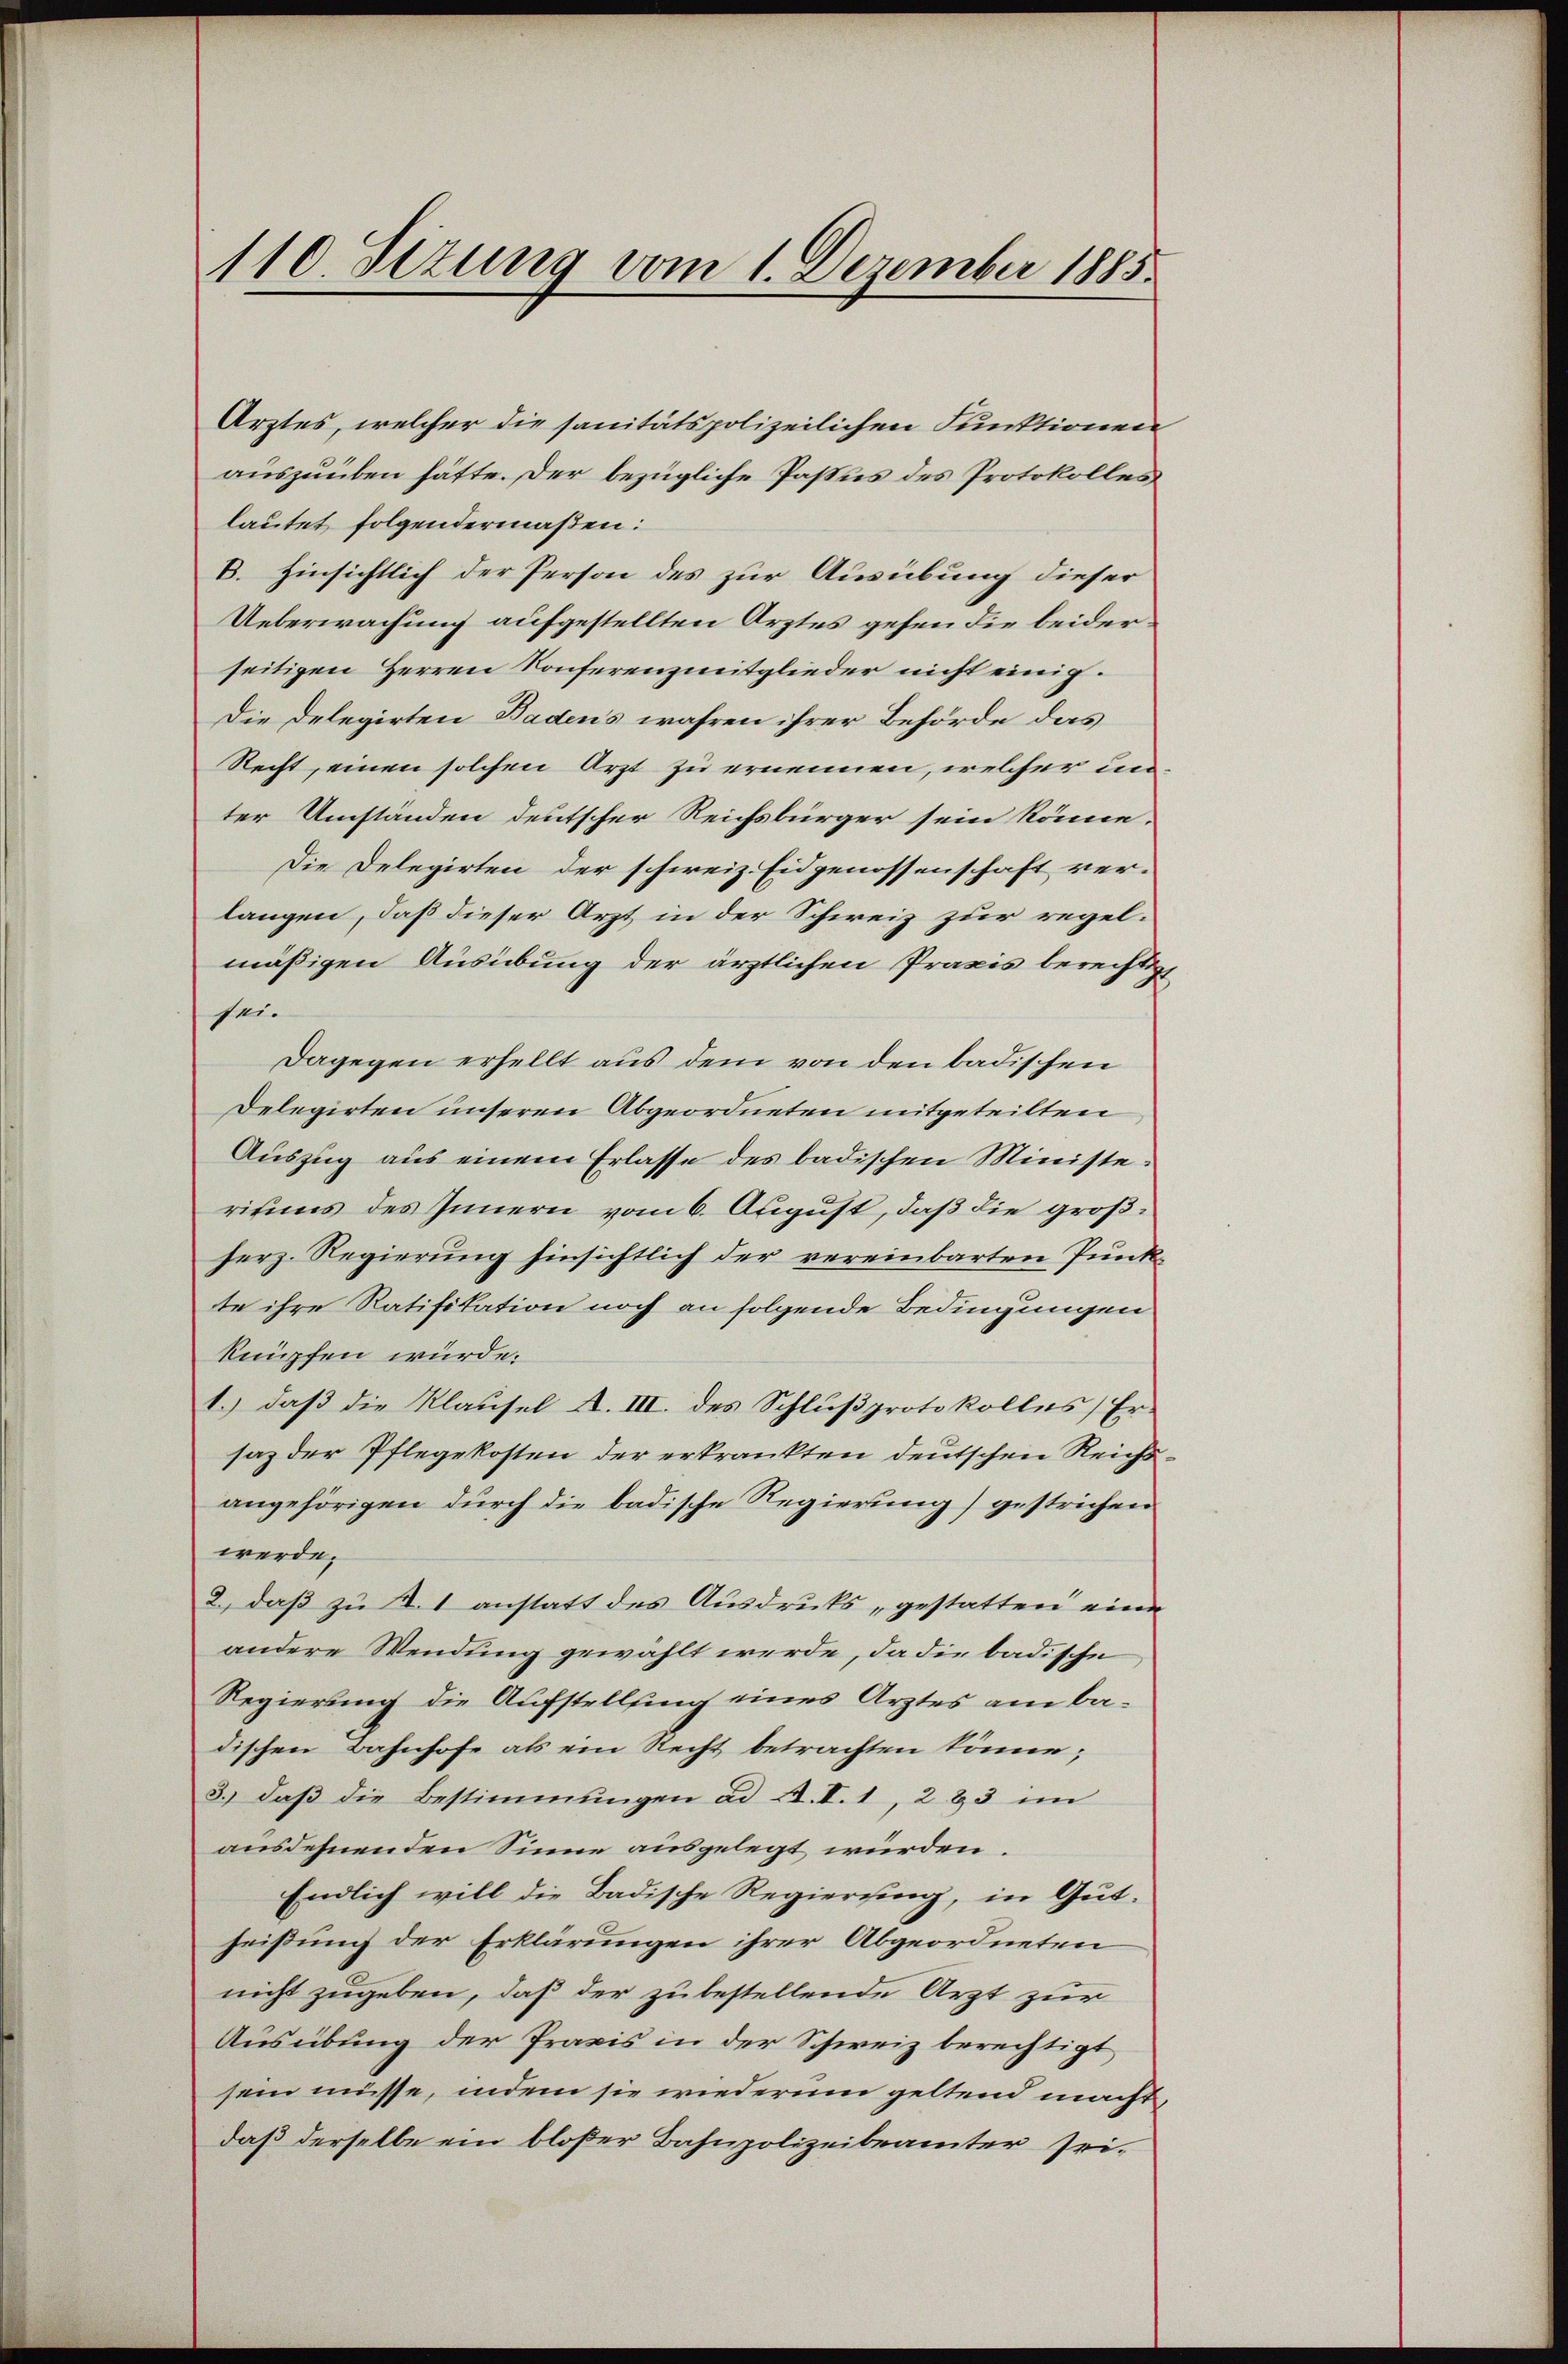
Arztes, welcher die sanitätspolizeilichen Funktionen
auszuüben hätte. Der bezügliche Passus des Protokolles
lautet folgendermaßen:
B. Hinsichtlich der Person des zur Ausübung dieser
Ueberwachung aufgestellten Arztes gehen die beiderseitigen Herren Konferenz mitglieder nicht einig.
Die Delegirten Badens wahren ihrer Behörde das
Recht, einen solchen Arzt zu ernennen, welcher unter Umständen deutscher Reichsbürger sein könne.
Die Delegirten der schweiz. Eidgenossenschaft ver-
langen, daß dieser Arzt in der Schweiz zur regelmäßigen Ausübung der ärztlichen Praxis berechtigt
sei.
Dagegen erhellt aus dem von den badischen
Delegirten unseren Abgeordneten mitgeteilten
Auszug aus einem Erlasse des badischen Ministerisums des Innern vom 6. August, daß die großherz. Regierung hinsichtlich der vereinbarten Punkte ihre Ratifikation noch an folgende Bedingungen
knüpfen würde.
1.) daß die Klausel A. III. des Schlußprotokolles Er-
saz der Pflegekosten der erkrankten deutschen Reichsangehörigen durch die badische Regierung) gestrichen
werde.
2., daß zu d. 1 anstatt des Ausdrucks gestatten eine
andere Wendung gewählt werde, da die badische
Regierung die Aufstellung eines Arztes am badischen Bahnhofe als ein Recht betrachten könne;
3.) daß die Bestimmungen ad A. V. 1, 223 im
ausdehnenden Sinne ausgelegt würden.
Endlich will die Badische Regierung, in Gut.
heißung der Erklärungen ihrer Abgeordneten
nicht zugeben, daß der zu bestellende Arzt zur
Ausübung der Praxis in der Schweiz berechtigt
sein müsse, indem sie wiederum geltend macht,
daß derselbe ein bloßer Bahnpolizeibeamter sei¬

110. Sezung vom 1. Dezember 1885.